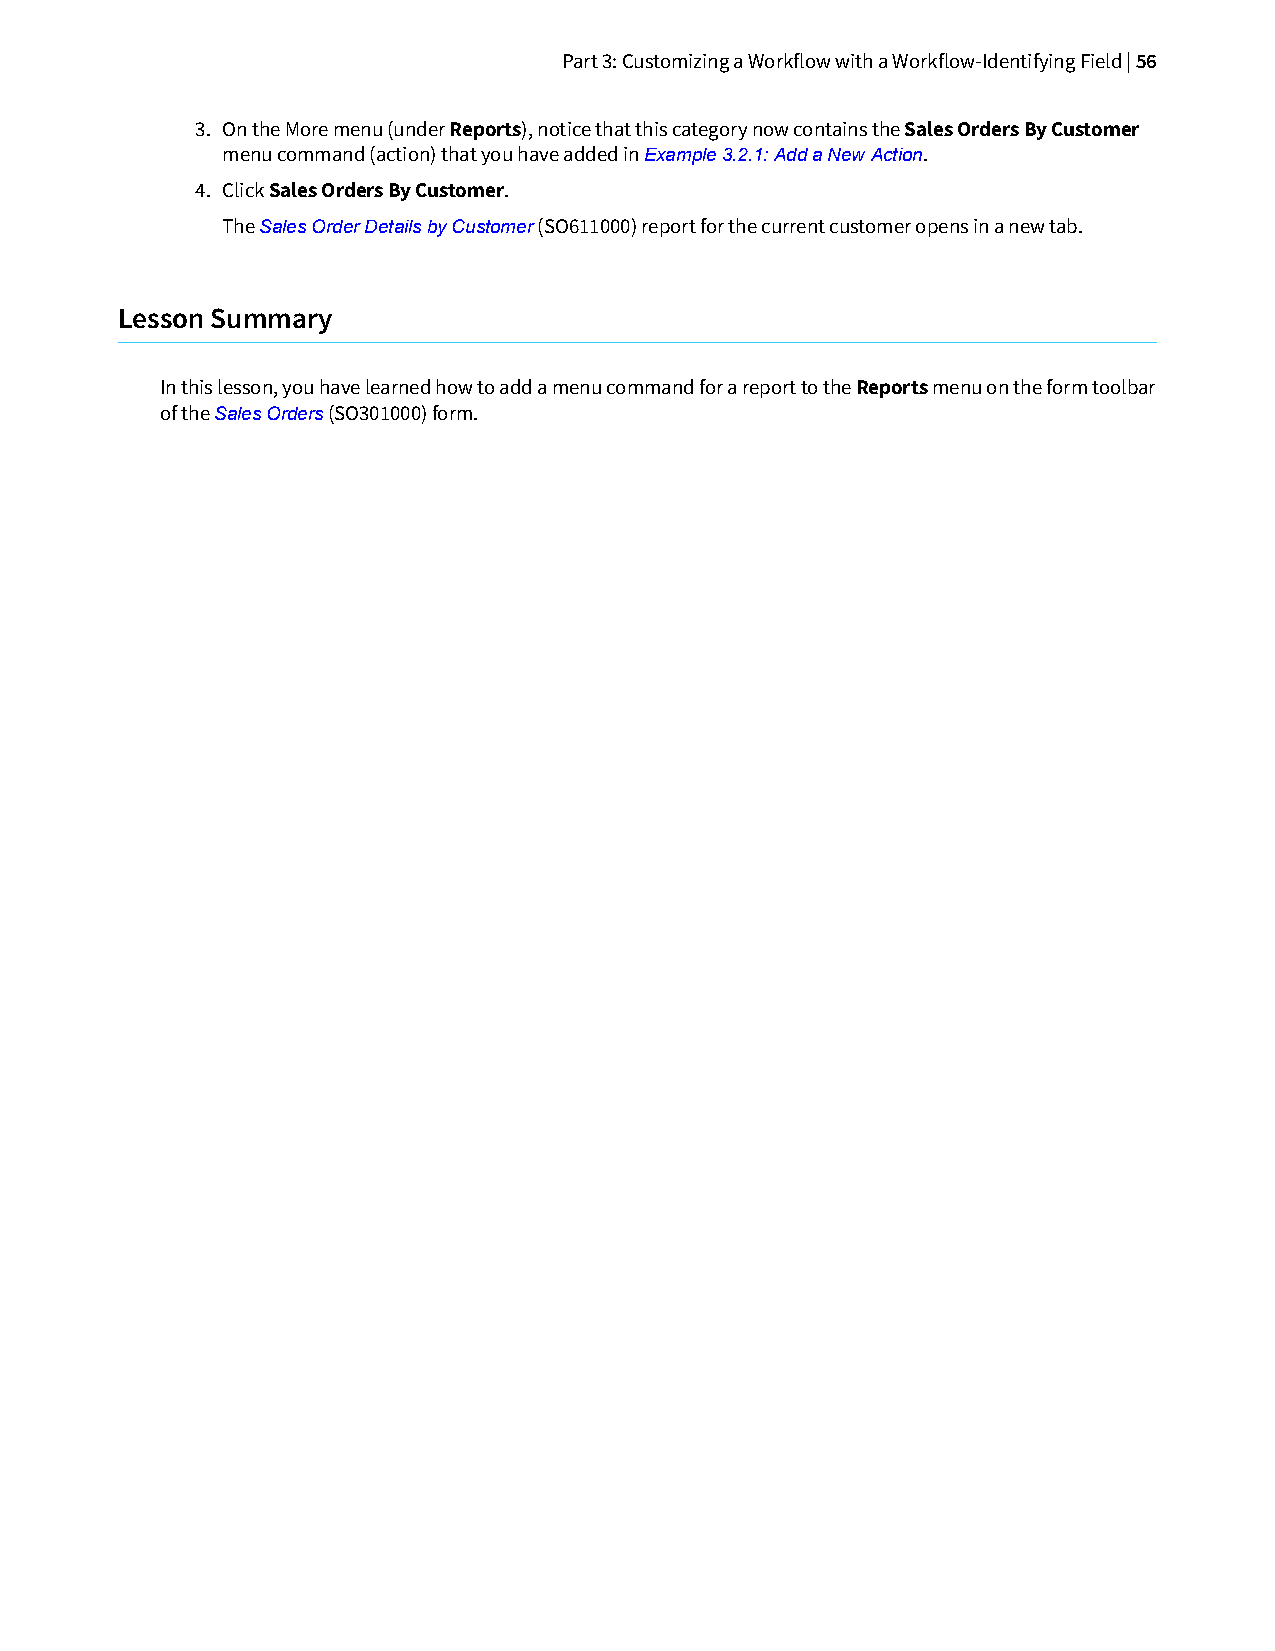
Part 3: Customizing a Workflow with a Workflow-Identifying Field | 56
 3. On the More menu (under Reports), notice that this category now contains the Sales Orders By Customer
 menu command (action) that you have added in Example 3.2.1: Add a New Action.
 4. Click Sales Orders By Customer.
 The Sales Order Details by Customer (SO611000) report for the current customer opens in a new tab.
 Lesson Summary
 In this lesson, you have learned how to add a menu command for a report to the Reports menu on the form toolbar
 of the Sales Orders (SO301000) form.